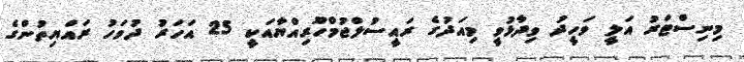
މިނިސްޓަރު އަލީ ވަހީދު ވިދާޅުވީ މިއަދުގެ ރައީސުލްޖުމްހޫރިއްޔާއަކީ 25 އަހަރު ދުވަހު ރައްޔިތުންގެ